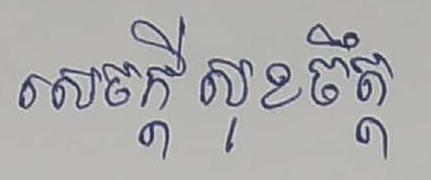
សេចក្ដីសុខចឹត្ត